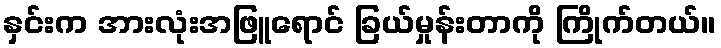
နှင်းက အားလုံးအဖြူရောင် ခြယ်မှုန်းတာကို ကြိုက်တယ်။